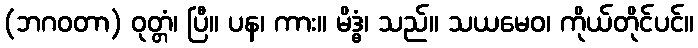
(ဘဂဝတာ) ဝုတ္တံ၊ ပြီ။ ပန၊ ကား။ မိဒ္ဓံ၊ သည်။ သယမေဝ၊ ကိုယ်တိုင်ပင်။